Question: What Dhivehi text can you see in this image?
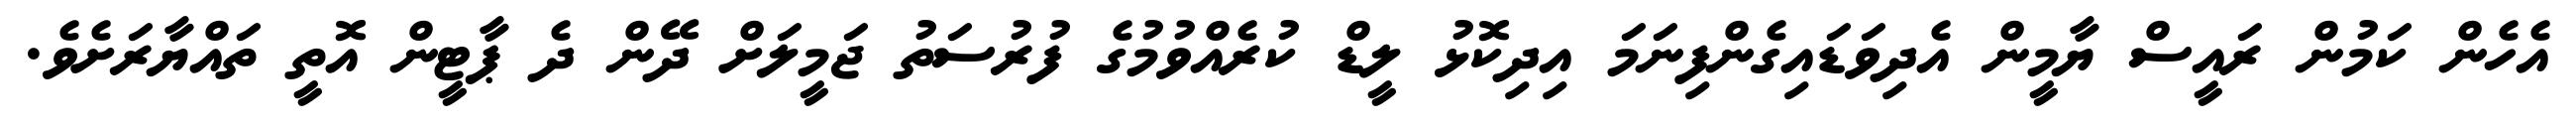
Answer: އެހެން ކަމުން ރައީސް ޔާމީން އެދިވަޑައިގެންފިނަމަ އިދިކޮޅު ލީޑް ކުރެއްވުމުގެ ފުރުސަތު ޖަމީލަށް ދޭން ދެ ޕާޓީން އޮތީ ތައްޔާރަށެވެ.